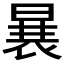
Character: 𱢒